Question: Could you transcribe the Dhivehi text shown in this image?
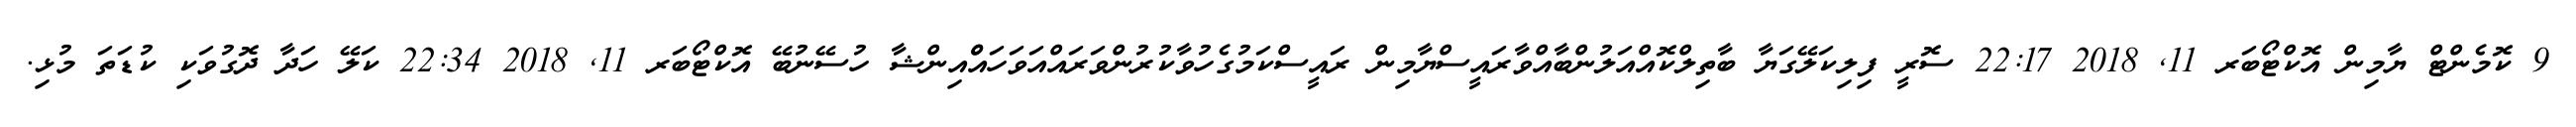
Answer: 9 ކޮމެންޓް ޔާމިން އޮކްޓޯބަރ 11, 2018 22:17 ސޮރީ ފިލިކަލޭގަޔާ ބާތިލްކޮއްއަލުންބާއްވާރައީސްޔާމިން ރައީސްކަމުގެހުވާކުރުންވަރައްއަވަހައްްއިންޝާ ހުސޭނުބޭ އޮކްޓޯބަރ 11, 2018 22:34 ކަލޭ ހަދާ ދޮގުވަކި ކުޑަތަ މުޅި.